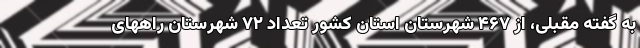
به گفته مقبلی، از ۴۶۷ شهرستان استان کشور تعداد ۷۲ شهرستان راههای